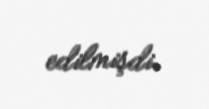
edilmişdi.